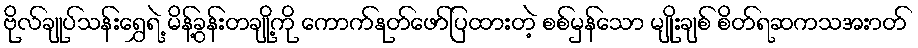
ဗိုလ်ချုပ်သန်းရွှေရဲ့ မိန့်ခွန်းတချို့ကို ကောက်နုတ်ဖော်ပြထားတဲ့ စစ်မှန်သော မျိုးချစ် စိတ်ရဆကသအးာတ်